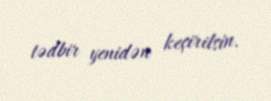
tədbir yenidən keçirilsin.